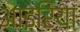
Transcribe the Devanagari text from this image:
आइरिया